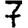
Digit: 7